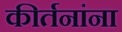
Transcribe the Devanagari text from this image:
कीर्तनांना